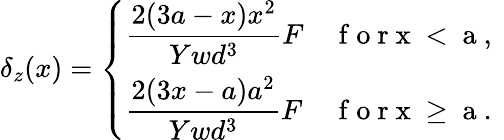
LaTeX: \delta_{z}(x)=\left\{ \begin{array}{ll}{\displaystyle{\frac{2(3a-x)x^{2}}{Ywd^{3}}}F}&{\mathrm{~f~o~r~x~<~a~,~}}\\ {\displaystyle{\frac{2(3x-a)a^{2}}{Ywd^{3}}}F}&{\mathrm{~f~o~r~x~\geq~a~.~}}\end{array}\right.